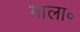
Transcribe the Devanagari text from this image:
माला॰